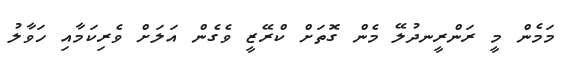
މަމެން މީ ރަންރީނދުލޭ މެން ގޮތަށް ކްރޭޒީ ވެގެން އަލަށް ވެރިކަމާއި ހަވާލު